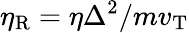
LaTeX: \eta_{\mathrm{R}}=\eta\Delta^{2}/mv_{\mathrm{T}}